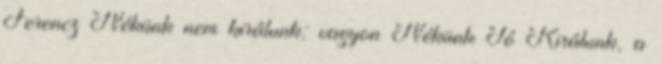
Ferencz Nékünk nem királunk: vagyon Nékünk Jó Királunk, a